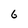
Character: 6